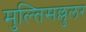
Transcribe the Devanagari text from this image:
मुल्तिसल्लुलर